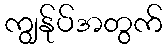
ကျွန်ုပ်အတွက်